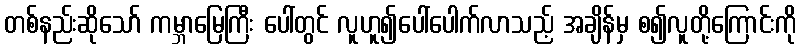
တစ်နည်းဆိုသော် ကမ္ဘာမြေကြီး ပေါ်တွင် လူဟူ၍ပေါ်ပေါက်လာသည့် အချိန်မှ စ၍လူတို့ကြောင်းကို